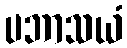
ပဘာသယံ